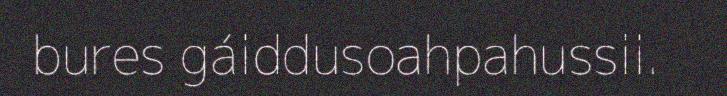
bures gáiddusoahpahussii.